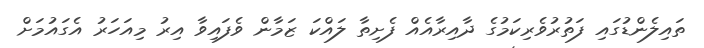
ތައިލެންޑުގައި ފަތުރުވެރިކަމުގެ ދާއިރާއެއް ފެށިތާ ލައްކަ ޒަމާން ވެފައިވާ އިރު މިއަހަރު އެގައުމަށް